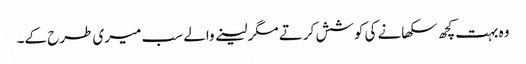
وہ بہت کچھ سکھانے کی کوشش کرتے مگر لینے والے سب میری طرح کے۔